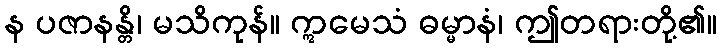
န ပဇာနန္တိ၊ မသိကုန်။ ဣမေသံ ဓမ္မာနံ၊ ဤတရားတို့၏။